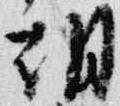
朝